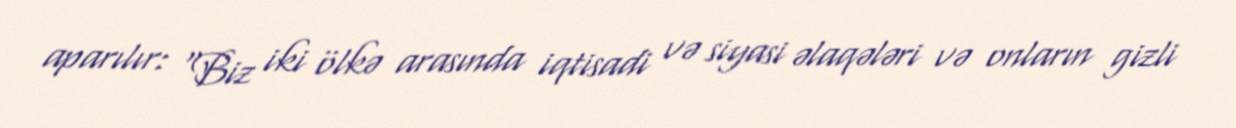
aparılır: “Biz iki ölkə arasında iqtisadi və siyasi əlaqələri və onların gizli